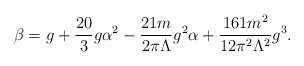
\begin{align*}\beta = g + \frac{20}{3} g\alpha^2 - \frac{21m}{2 \pi\Lambda}g^2 \alpha +\frac{161 m^2}{12 \pi^2\Lambda^2} g^3.\end{align*}